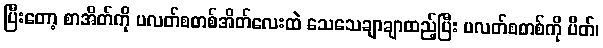
ပြီးတော့ စာအိတ်ကို ပလတ်စတစ်အိတ်လေးထဲ သေသေချာချာထည့်ပြီး ပလတ်စတစ်ကို ပိတ်၊